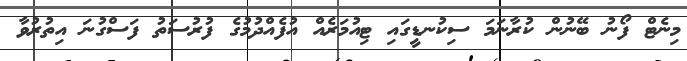
މިނެޓް ފޯނު ބޭނުން ކުރާނަމަ ސިކުނޑީގައި ޓިއުމަރެއް އުފެއްދުމުގެ ފުރުސަތު ފަސްގުނަ އިތުރުވާ